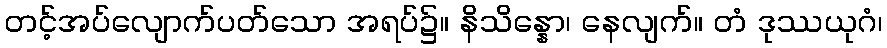
တင့်အပ်လျောက်ပတ်သော အရပ်၌။ နိသိန္နော၊ နေလျက်။ တံ ဒုဿယုဂံ၊